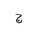
Letter: _gim